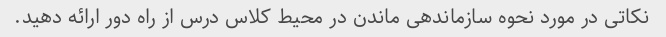
نکاتی در مورد نحوه سازماندهی ماندن در محیط کلاس درس از راه دور ارائه دهید.